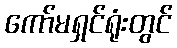
ကော်မရှင်ရုံးတွင်